King Institute of Preventive Medicine Bacteriolog. Section reports 1907-08
Year: 1907
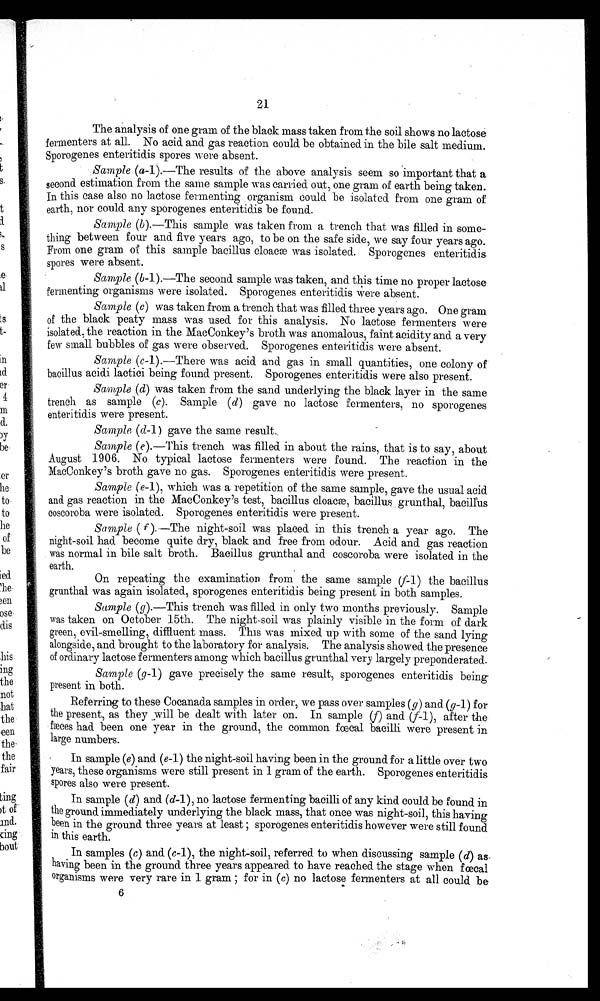
21
The analysis of one gram of the black mass taken from the soil shows no lactose
fermenters at all. No acid. and gas reaction could be obtained in the bile salt medium.
Sporogenes enteritidis spores were absent.
Sample (a-1).—The results of the above analysis seem so important that a
second estimation from the same sample was carried out, one gram of earth being taken.
In this case also no lactose fermenting organism could be isolated from one gram of
earth, nor could any sporogenes enteritidis be found.
Sample (b).—This sample was taken from a trench that was filled in some-
thing between four and five years ago, to be on the safe side, we say four years ago.
From one gram of this sample bacillus clocæ was isolated. Sporogenes enteritidis
spores were absent.
Sample (b-1).—The second sample was taken, and this time no proper lactose
fermenting organisms were isolated. Sporogenes enteritidis were absent.
Sample (c) was taken from a trench that was filled three years ago. One gram
of the black peaty mass was used for this analysis. No lactose fementers were
isolated, the reaction in the MacConkey's broth was anomalous, faint acidity and a very
few small bubbles of gas were observed. Sporogenes enteritidis were absent.
Sample (c-1).-----There was acid and gas in small quantities, one colony of
bacillus acidi lactici being found present. Sporogenes enteritidis were also present.
Sample (d) was taken from the sand underlying the black layer in the same
trench as sample (c). Sample (d) gave no lactose fermenters, no sporogenes
enteritidis were present.
Sample (d-1) gave the same result..
Sample (e).—This trench was filled in about the rains, that is to say, about
August 1906. No typical lactose fermenters were found. The reaction in the
MacConkey's broth gave no gas. Sporogenes enteritidis were present.
Sample (e-1), which was a repetition of the same sample, gave the usual acid
and gas reaction in the MacConkey's test, bacillus cloacæ, bacillus grunthal,
eoscoroba were isolated. Sporogenes enteritidis were present.
Sample ( f )..--The night-soil was placed in this trench a year ago. The
night-soil had become quite dry, black and free from odour. Acid and gas reaction
. was normal in bile salt broth. Bacillus grunthal and coscoroba were isolated in the
earth.
On repeating the examination from the same sample (f-1) the bacillus
grunthal was again isolated, sporogenes enteritidis being present in both samples.
Sample (g).—This trench was filled in only two months previously. Sample
was taken on October 15th. The night soil was plainly visible in the form of dark
green, evil-smelling, diffluent mass. This was mixed up with some of the sand lying
alongside, and brought to the laboratory for analysis. The analysis showed the presence
of ordinary lactose fermenters among which bacillus grunthal very largely preponderated.
Sample (g-1) gave precisely the same result, sporogenes enteritidis
b e i n g p r e s e n t i n b o t h .
Referring to these Coeanada samples in order, we pass over samples (g) and (g-1) for
the present, as theybe dealt with later on. In sample (f) and (f-1), after the
fæces had been one year in the ground, the common fcal bacilli were present in
large numbers.
• In sample (e) and (e-1) the night-soil having been in the ground for a little over two
years, these organisms were still present in 1 gram of the earth. Sporogenes enteritidis
spores also were present.
In sample (d) and (d-1), no lactose fermenting bacilli of any kind could be found in
the ground immediately underlying the black mass, that once was night-soil, this having
been in the ground three years at least ; sporogenes enteritidis however were still found
in this earth.
In samples (c) and (c-1), the night-soil, referred to when discussing sample (d) as
having been in the ground three years appeared to have reached the stage when fecal
o rganisms were very rare in 1 gram ; for in (c) no lactose fermenters at all could be
•
6